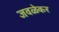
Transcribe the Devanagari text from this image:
जवळेकर